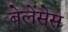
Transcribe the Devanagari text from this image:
बेलेंसेस